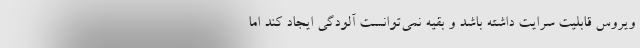
ویروس قابلیت سرایت داشته باشد و بقیه نمی‌توانست آلودگی ایجاد کند اما